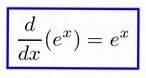
\frac{d}{dx}(e^x)=e^x